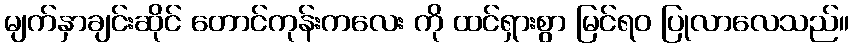
မျက်နှာချင်းဆိုင် တောင်ကုန်းကလေး ကို ထင်ရှားစွာ မြင်ရဝ ပြုလာလေသည်။